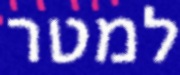
למטר